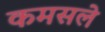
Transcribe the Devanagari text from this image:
कमसले